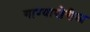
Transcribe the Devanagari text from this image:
गाण्याखेरीज